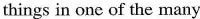
things in one of the many